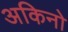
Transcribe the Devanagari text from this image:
अकिनो